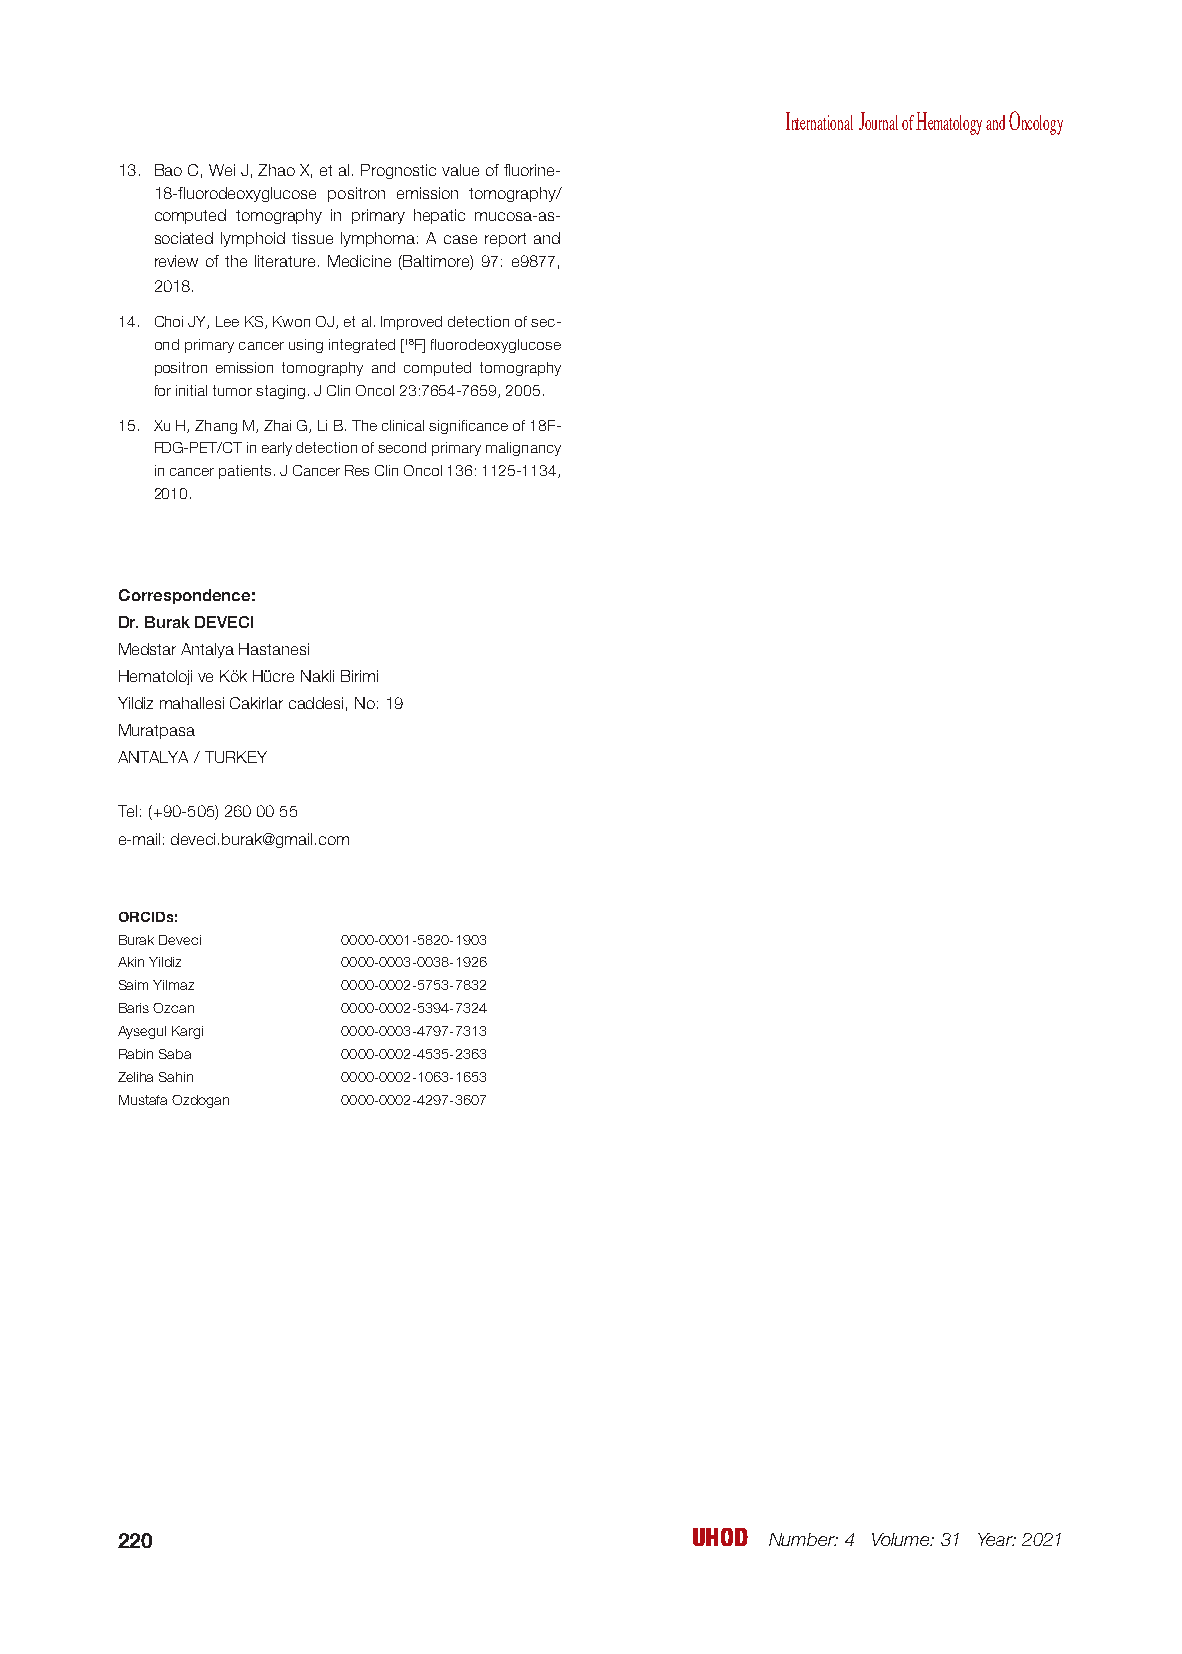
International Journal of Hematology and Oncology
 13. Bao C, Wei J, Zhao X, et al. Prognostic value of fluorine-
 18-fluorodeoxyglucose positron emission tomography/
 computed tomography in primary hepatic mucosa-as-
 sociated lymphoid tissue lymphoma: A case report and
 review of the literature. Medicine (Baltimore) 97: e9877,
 2018.
 14. Choi JY, Lee KS, Kwon OJ, et al. Improved detection of sec-
 ond primary cancer using integrated [18F] fluorodeoxyglucose
 positron emission tomography and computed tomography
 for initial tumor staging. J Clin Oncol 23:7654-7659, 2005.
 15. Xu H, Zhang M, Zhai G, Li B. The clinical significance of 18F-
 FDG-PET/CT in early detection of second primary malignancy
 in cancer patients. J Cancer Res Clin Oncol 136: 1125-1134,
 2010.
 Correspondence:
 Dr. Burak DEVECI
 Medstar Antalya Hastanesi
 Hematoloji ve Kök Hücre Nakli Birimi
 Yildiz mahallesi Cakirlar caddesi, No: 19
 Muratpasa
 ANTALYA / TURKEY
 Tel: (+90-505) 260 00 55
 e-mail: deveci.burak@gmail.com
 ORCIDs:
 Burak Deveci   0000-0001-5820-1903
 Akin Yildiz    0000-0003-0038-1926
 Saim Yilmaz    0000-0002-5753-7832
 Baris Ozcan    0000-0002-5394-7324
 Aysegul Kargi  0000-0003-4797-7313
 Rabin Saba     0000-0002-4535-2363
 Zeliha Sahin   0000-0002-1063-1653
 Mustafa Ozdogan 0000-0002-4297-3607
 220                                   UHOD Number: 4 Volume: 31 Year: 2021